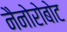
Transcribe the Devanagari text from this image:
नैनोरोबोट